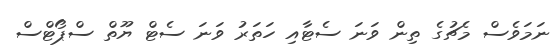
ނަމަވެސް މެޗުގެ ތިން ވަނަ ސެޓާއި ހަތަރު ވަނަ ސެޓް ޔޫތް ސްޕޯޓްސް